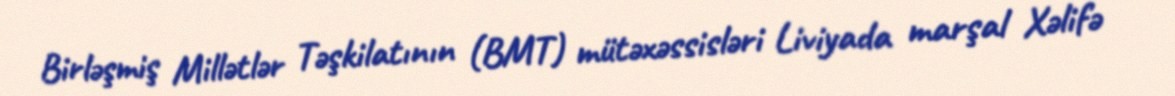
Birləşmiş Millətlər Təşkilatının (BMT) mütəxəssisləri Liviyada marşal Xəlifə